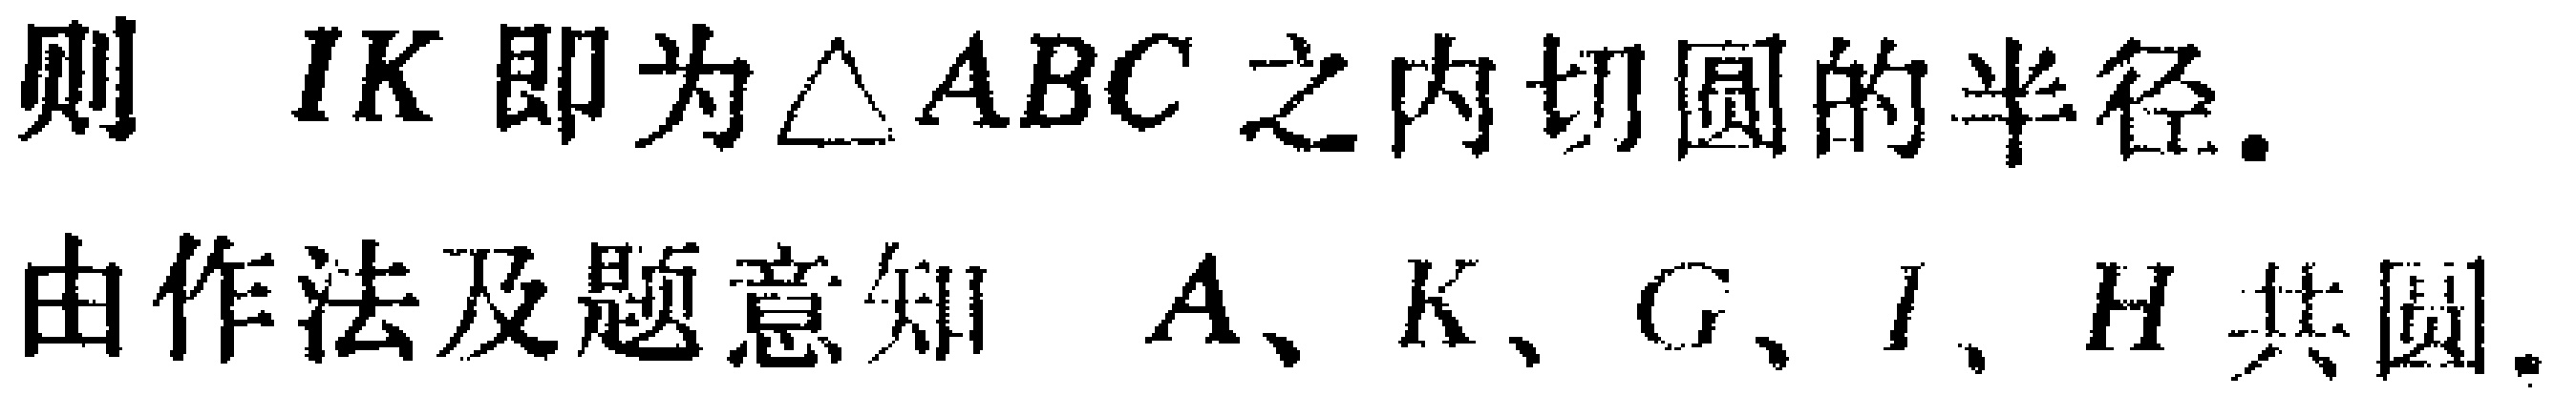
则 \(IK\) 即为\(\triangle ABC\) 之内切圆的半径.

由作法及题意知 \(A、K、G、I、H\) 共圆.